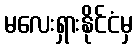
မလေးရှားနိုင်ငံမှ